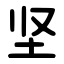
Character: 坚